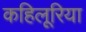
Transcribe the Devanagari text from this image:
कहिलूरिया